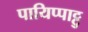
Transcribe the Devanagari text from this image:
पायिप्पाट्टु